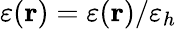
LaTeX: \varepsilon({\mathbf r})=\varepsilon({\mathbf r})/\varepsilon_{h}